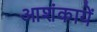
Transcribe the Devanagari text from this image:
आशंकायें